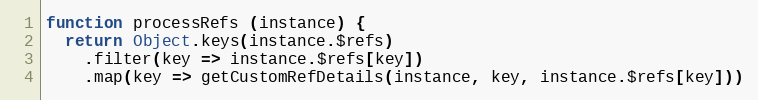
Language: JavaScript
function processRefs (instance) {
  return Object.keys(instance.$refs)
    .filter(key => instance.$refs[key])
    .map(key => getCustomRefDetails(instance, key, instance.$refs[key]))